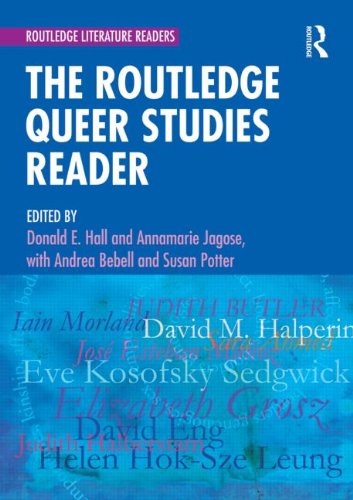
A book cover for The Routledge Queer Studies Reader (Routledge Literature Readers); Gay & Lesbian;